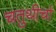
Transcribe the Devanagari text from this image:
चतुथीर्चा